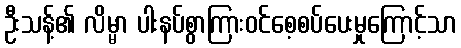
ဦးသန့်၏ လိမ္မာ ပါးနပ်စွာကြားဝင်စေ့စပ်ပေးမှုကြောင့်သာ